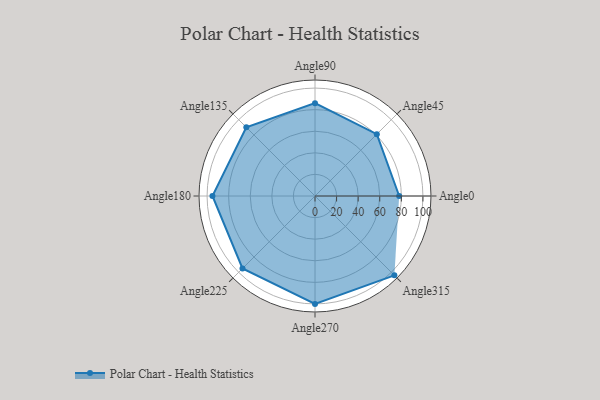
{"axis": {"x": "Angle", "y": "Radius"}, "legend": [""], "data": [{"x": "Angle0", "y": 78.0, "type": ""}, {"x": "Angle45", "y": 81.0, "type": ""}, {"x": "Angle90", "y": 86.0, "type": ""}, {"x": "Angle135", "y": 90.0, "type": ""}, {"x": "Angle180", "y": 95.0, "type": ""}, {"x": "Angle225", "y": 95.0, "type": ""}, {"x": "Angle270", "y": 100.0, "type": ""}, {"x": "Angle315", "y": 104.0, "type": ""}]}